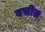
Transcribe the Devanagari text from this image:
वसील